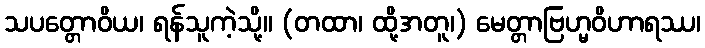
သပတ္တောဝိယ၊ ရန်သူကဲ့သို့။ (တထာ၊ ထို့အတူ၊) မေတ္တာဗြဟ္မဝိဟာရဿ၊